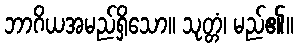
ဘာဂိယအမည်ရှိသော။ သုတ္တံ၊ မည်၏။